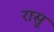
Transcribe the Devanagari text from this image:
रासु